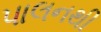
પાલનથી